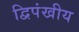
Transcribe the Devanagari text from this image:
द्विपंखीय